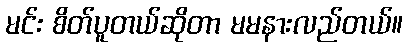
မင်း စိတ်ပူတယ်ဆိုတာ မမနားလည်တယ်။